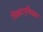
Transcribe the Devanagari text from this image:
पिढ्यान्‌पिढ्या